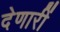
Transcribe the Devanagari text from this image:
देणारीं